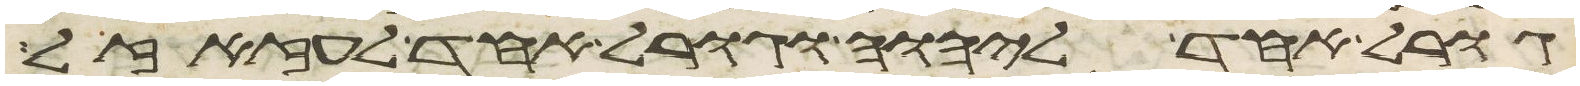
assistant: גורל אחד ליהוה וגורל אחד לעזזאל